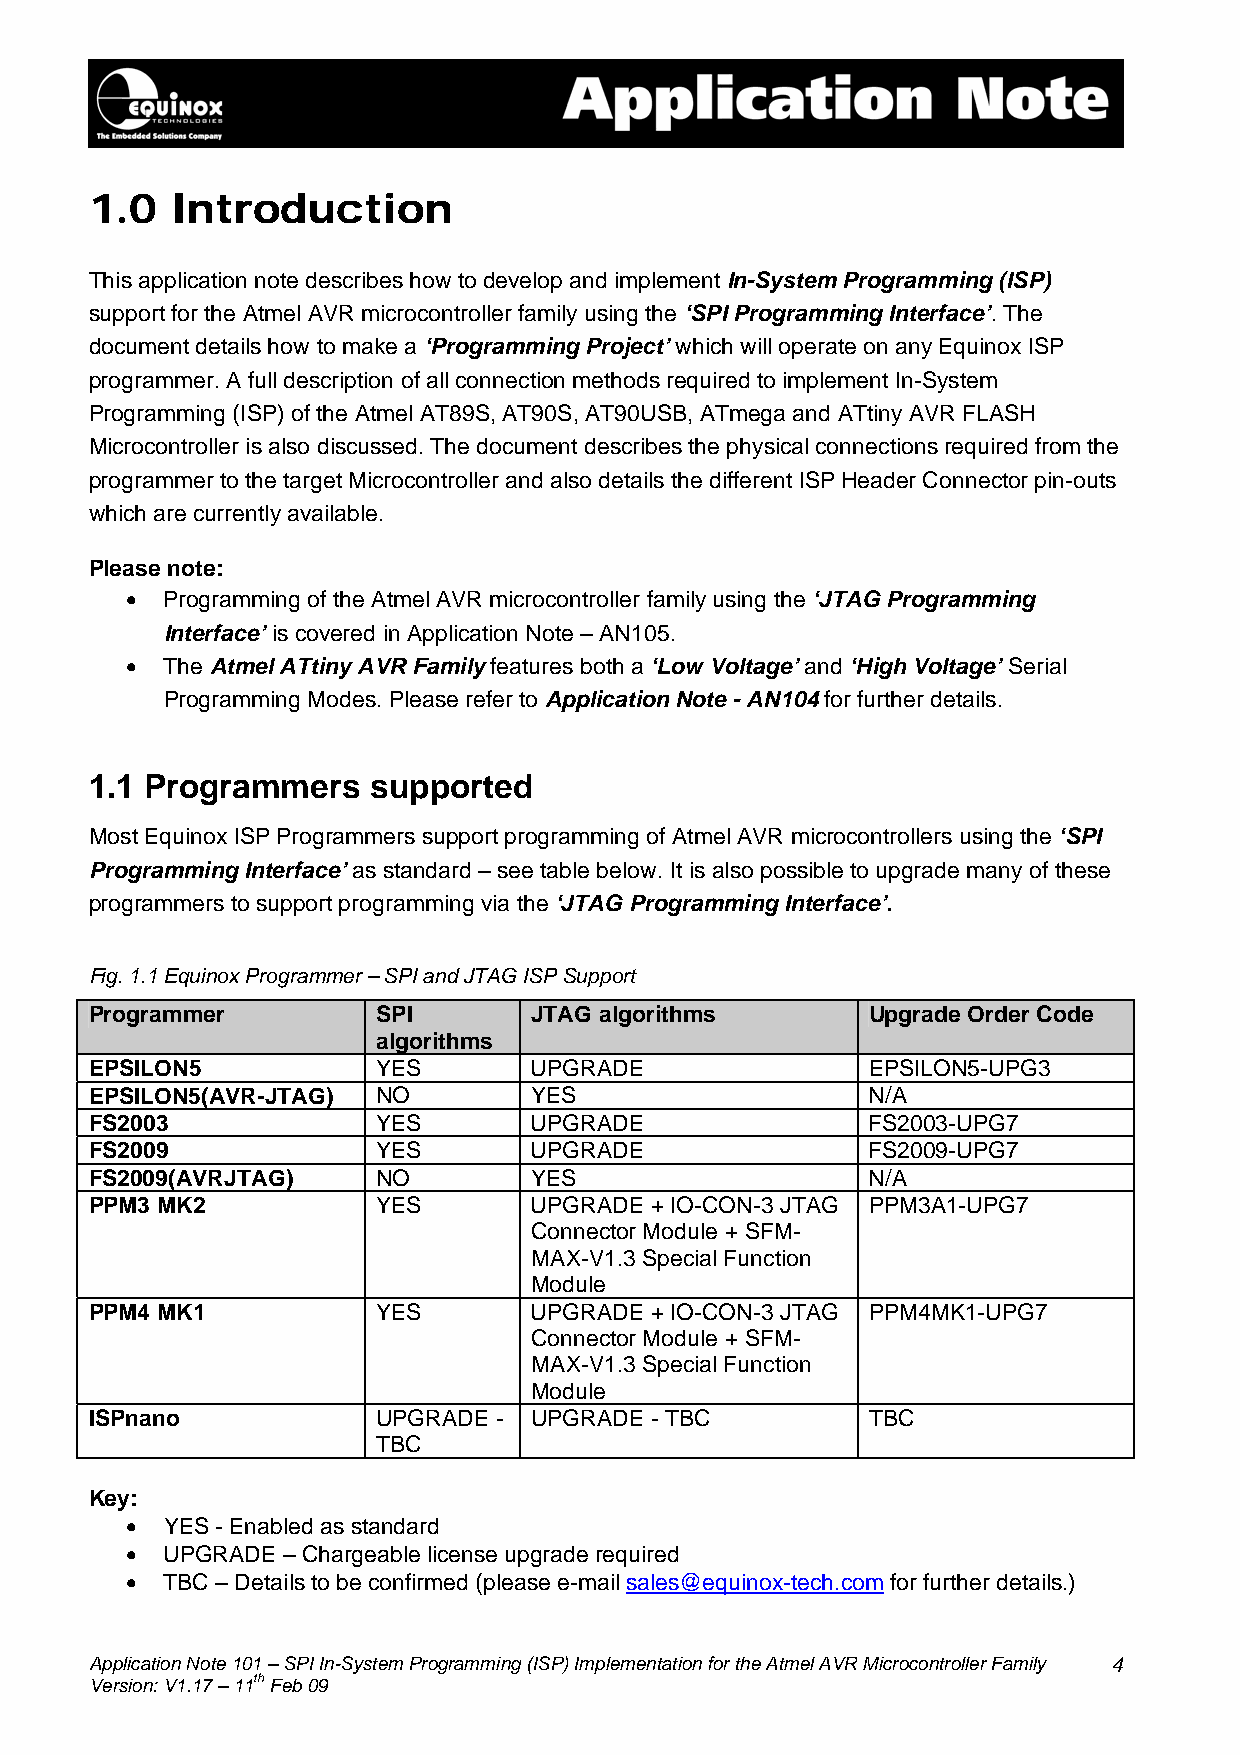
1.0  Introduction
 This application note describes how to develop and implement In-System Programming (ISP)
 support for the Atmel AVR microcontroller family using the ‘SPI Programming Interface’. The
 document details how to make a ‘Programming Project’ which will operate on any Equinox ISP
 programmer. A full description of all connection methods required to implement In-System
 Programming (ISP) of the Atmel AT89S, AT90S, AT90USB, ATmega and ATtiny AVR FLASH
 Microcontroller is also discussed. The document describes the physical connections required from the
 programmer to the target Microcontroller and also details the different ISP Header Connector pin-outs
 which are currently available.
 Please note:
 •  Programming of the Atmel AVR microcontroller family using the ‘JTAG Programming
 Interface’ is covered in Application Note – AN105.
 •  The Atmel ATtiny AVR Family features both a ‘Low Voltage’ and ‘High Voltage’ Serial
 Programming Modes. Please refer to Application Note - AN104 for further details.
 1.1 Programmers    supported
 Most Equinox ISP Programmers support programming of Atmel AVR microcontrollers using the ‘SPI
 Programming Interface’ as standard – see table below. It is also possible to upgrade many of these
 programmers to support programming via the ‘JTAG Programming Interface’.
 Fig. 1.1 Equinox Programmer – SPI and JTAG ISP Support
 Programmer         SPI       JTAG algorithms        Upgrade Order Code
 algorithms
 EPSILON5           YES       UPGRADE                EPSILON5-UPG3
 EPSILON5(AVR-JTAG) NO        YES                    N/A
 FS2003             YES       UPGRADE                FS2003-UPG7
 FS2009             YES       UPGRADE                FS2009-UPG7
 FS2009(AVRJTAG)    NO        YES                    N/A
 PPM3 MK2           YES       UPGRADE + IO-CON-3 JTAG PPM3A1-UPG7
 Connector Module + SFM-
 MAX-V1.3 Special Function
 Module
 PPM4 MK1           YES       UPGRADE + IO-CON-3 JTAG PPM4MK1-UPG7
 Connector Module + SFM-
 MAX-V1.3 Special Function
 Module
 ISPnano            UPGRADE - UPGRADE - TBC          TBC
 TBC
 Key:
 •  YES - Enabled as standard
 •  UPGRADE – Chargeable license upgrade required
 •  TBC – Details to be confirmed (please e-mail sales@equinox-tech.com for further details.)
 Application Note 101 – SPI In-System Programming (ISP) Implementation for the Atmel AVR Microcontroller Family 4
 Version: V1.17 – 11th Feb 09